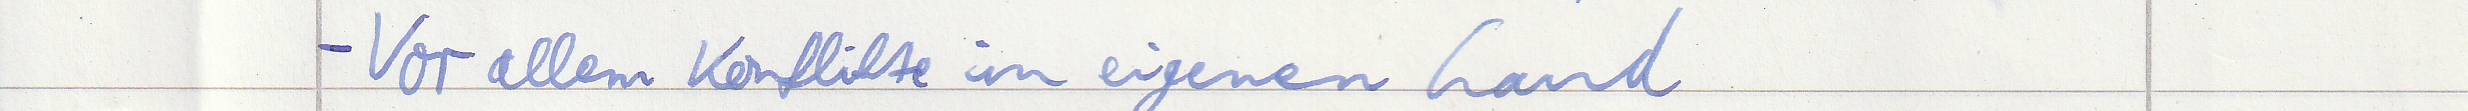
- Vor allem Konflikte im eigenen Land